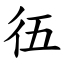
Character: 鿉